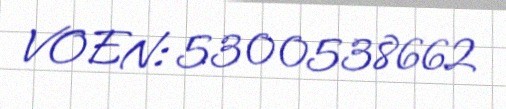
VOEN: 5300538662